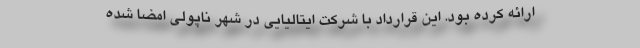
ارائه کرده بود. این قرارداد با شرکت ایتالیایی در شهر ناپولی امضا شده